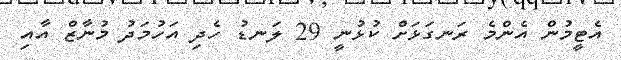
އެޓީމުން އެންމެ ރަނގަޅަށް ކުޅުނީ 29 ލަނޑު ހެދި އަހުމަދު މުނާޒް އާއި